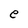
Character: e